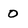
Character: O